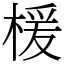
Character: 楥